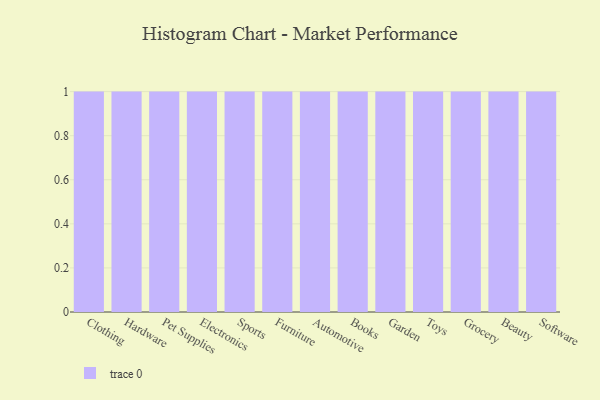
{"axis": {"x": "Category", "y": "Customer Acquisition Cost (USD)"}, "legend": [""], "data": [{"x": "Clothing", "y": 48, "type": ""}, {"x": "Hardware", "y": 56, "type": ""}, {"x": "Pet Supplies", "y": 75, "type": ""}, {"x": "Electronics", "y": 37, "type": ""}, {"x": "Sports", "y": 11, "type": ""}, {"x": "Furniture", "y": 95, "type": ""}, {"x": "Automotive", "y": 40, "type": ""}, {"x": "Books", "y": 71, "type": ""}, {"x": "Garden", "y": 73, "type": ""}, {"x": "Toys", "y": 10, "type": ""}, {"x": "Grocery", "y": 79, "type": ""}, {"x": "Beauty", "y": 42, "type": ""}, {"x": "Software", "y": 40, "type": ""}]}